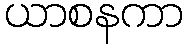
ယာစနကာ